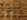
اللذيذ